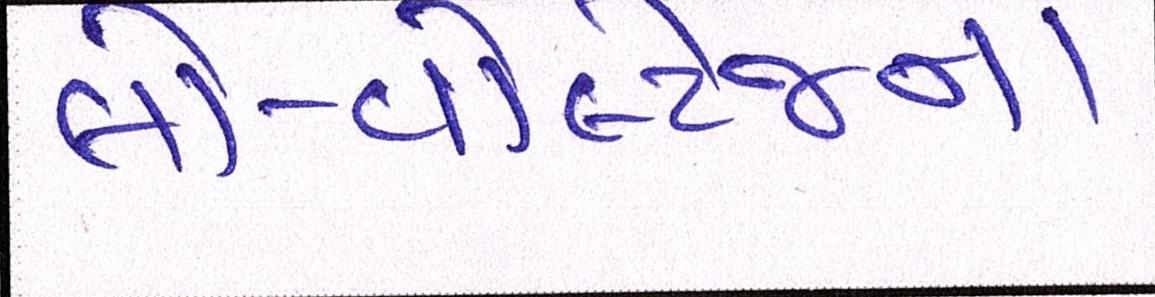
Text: લો-વોલ્ટેજના